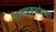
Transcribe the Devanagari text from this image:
नाकपुडयांच्या